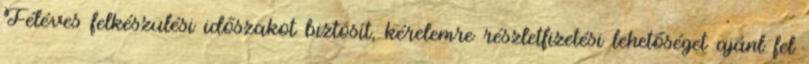
Féléves felkészülési időszakot biztosít, kérelemre részletfizetési lehetőséget ajánl fel